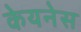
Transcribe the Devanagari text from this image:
केयनेस